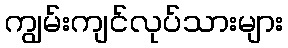
ကျွမ်းကျင်လုပ်သားများ